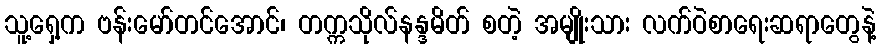
သူ့ရှေ့က ဗန်းမော်တင်အောင်၊ တက္ကသိုလ်နန္ဒမိတ် စတဲ့ အမျိုးသား လက်ဝဲစာရေးဆရာတွေနဲ့